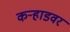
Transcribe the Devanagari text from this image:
कऱ्हाडवर